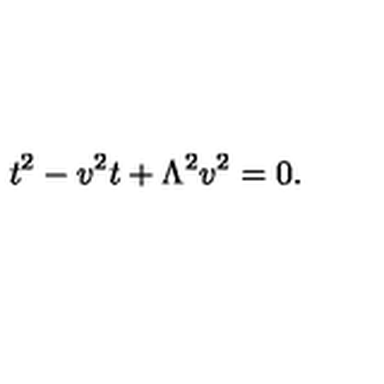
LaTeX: t ^ { 2 } - v ^ { 2 } t + \Lambda ^ { 2 } v ^ { 2 } = 0 .